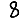
Digit: 8